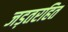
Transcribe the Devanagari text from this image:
जड़तरहित